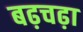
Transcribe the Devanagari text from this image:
बढ़चढ़ा